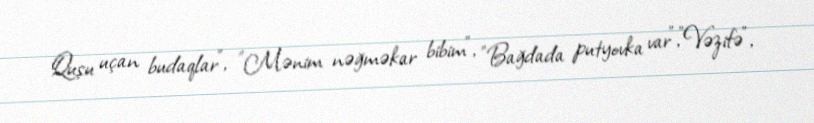
Quşu uçan budaqlar", "Mənim nəğməkar bibim", "Bağdada putyovka var","Vəzifə",